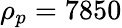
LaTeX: \rho_{p}=7850